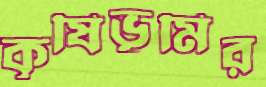
কৃষিভূমির